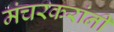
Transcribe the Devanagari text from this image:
मंचरकरांनी